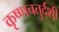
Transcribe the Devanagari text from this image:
कृष्णचतुर्दशी